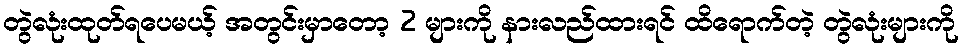
တွဲလုံးထုတ်ရပေမယ့် အတွင်းမှာတော့ 2 များကို နားလည်ထားရင် ထိရောက်တဲ့ တွဲလုံးများကို